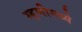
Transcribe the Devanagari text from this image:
म्हणीमध्ये